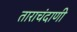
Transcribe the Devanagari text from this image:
ताराचंदाणी